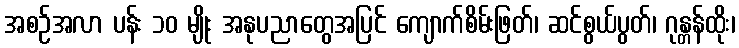
အစဉ်အလာ ပန်း ၁၀ မျိုး အနုပညာတွေအပြင် ကျောက်စိမ်းဖြတ်၊ ဆင်စွယ်ပွတ်၊ ဂုန္တန်ထိုး၊